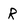
Character: R